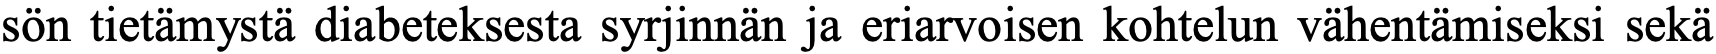
sön tietämystä diabeteksesta syrjinnän ja eriarvoisen kohtelun vähentämiseksi sekä